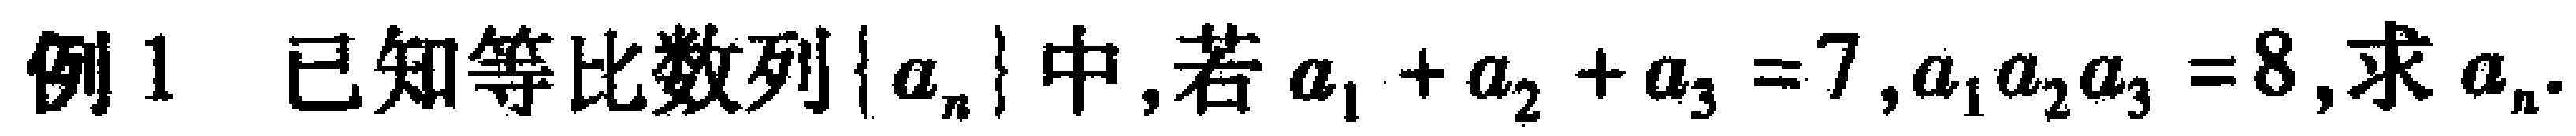
例1 已知等比数列\(\{ a_{n}\}\)中,若\(a_{1}+a_{2}+a_{3}=7,a_{1}a_{2}a_{3}=8\),求\(a_{n}\).